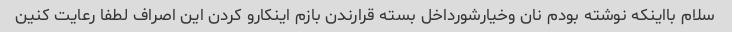
سلام بااینکه نوشته بودم نان وخیارشورداخل بسته قرارندن بازم اینکارو کردن این اصراف لطفا رعایت کنین